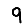
Digit: 9